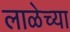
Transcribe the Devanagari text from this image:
लाळेच्या